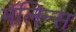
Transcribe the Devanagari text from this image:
मॅलिन्स